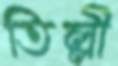
তিল্লী